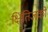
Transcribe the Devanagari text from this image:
क्षितिजको